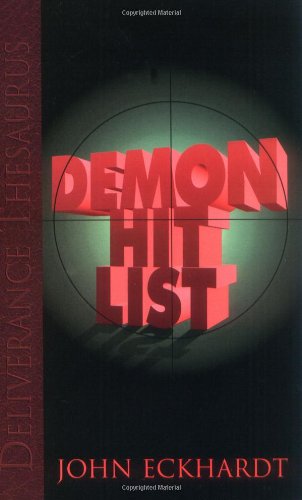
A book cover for Demon Hit List; John Eckhardt; Christian Books & Bibles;